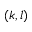
( k , l )